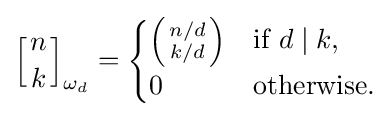
\left[{n \atop k}\right]_{\omega _{d}}={\begin{cases}\left({n/d \atop k/d}\right)&{\text{if }}d\mid k,\\0&{\text{otherwise}}.\end{cases}}